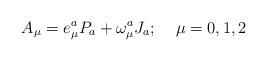
LaTeX: \begin{align*}A_{\mu}=e^{a}_{\mu}P_{a}+\omega^{a}_{\mu}J_{a};\;\;\;\;\mu=0,1,2\end{align*}